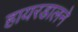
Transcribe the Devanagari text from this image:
हायरडालने